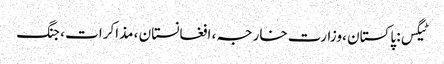
ٹیگس: پاکستان ، وزارت خارجہ ، افغانستان ، مذاکرات ، جنگ